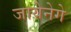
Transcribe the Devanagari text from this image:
जायेनेगे